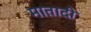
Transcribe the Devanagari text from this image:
मातादी